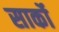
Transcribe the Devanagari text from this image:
सार्को